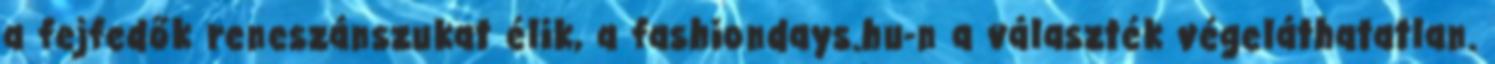
a fejfedők reneszánszukat élik, a fashiondays.hu-n a választék végeláthatatlan.